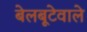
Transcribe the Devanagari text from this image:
बेलबूटेवाले